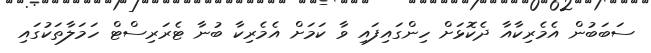
ސަބަބުން އެމެރިކާއާ ދެކޮޅަށް ހިންގައިފައި ވާ ކަމަށް އެމެރިކާ ބުނާ ޓެރަރިސްޓް ހަމަލާތަކުގައި